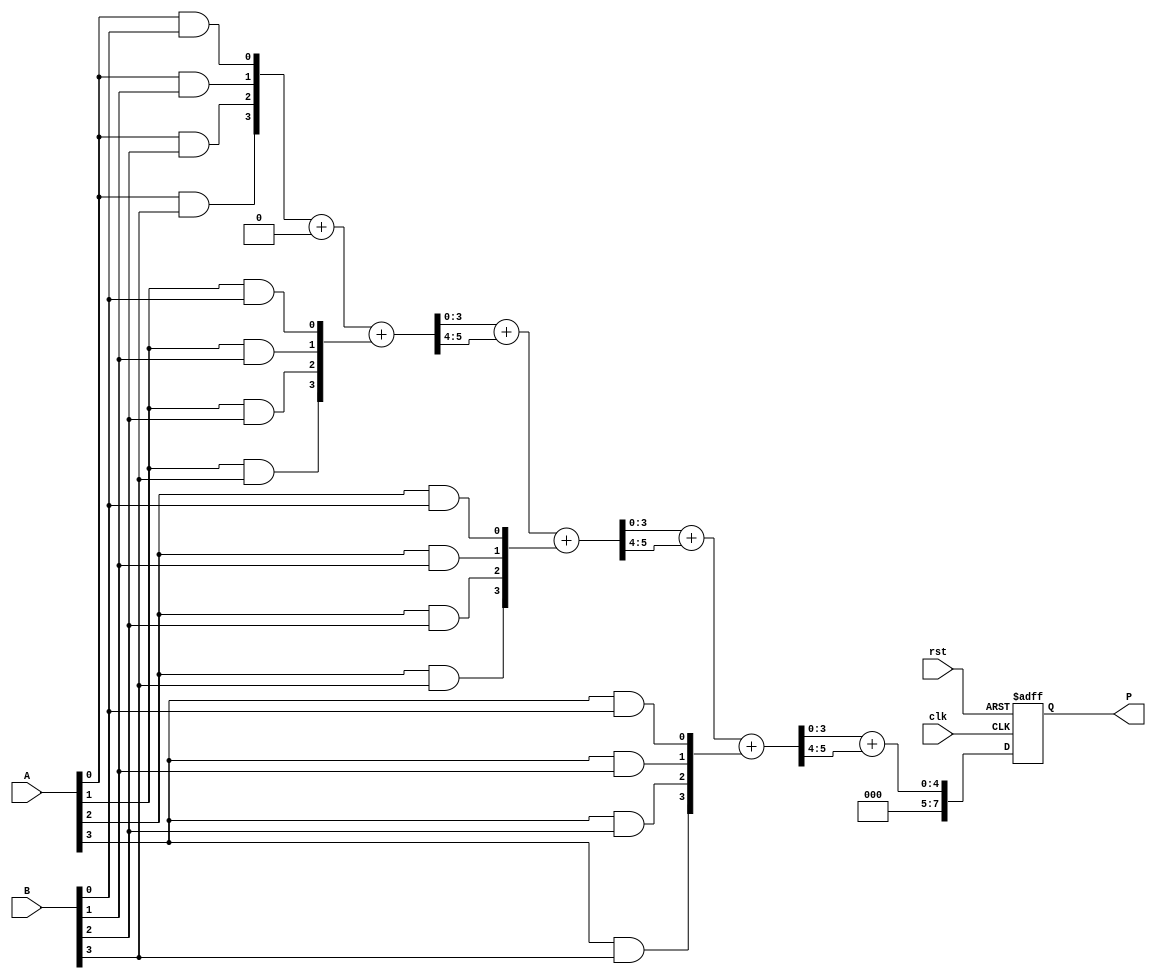
module WallaceTreeMultiplier #(parameter N = 4) (
    input wire clk,
    input wire rst,
    input wire [N-1:0] A,
    input wire [N-1:0] B,
    output reg [2*N-1:0] P
);

    // Internal signals
    wire [N-1:0] pp [0:N-1]; // Partial products
    wire [N-1:0] sum [0:N-1]; // Sums from CSAs
    wire [N-1:0] carry [0:N-1]; // Carries from CSAs
    reg [N-1:0] sum_reg, carry_reg;
    reg [2*N-1:0] final_sum;
    reg [2*N-1:0] final_carry;

    // Generate partial products
    genvar i, j;
    generate
        for (i = 0; i < N; i = i + 1) begin : partial_product_gen
            for (j = 0; j < N; j = j + 1) begin : pp_gen
                assign pp[i][j] = A[i] & B[j];
            end
        end
    endgenerate

    // Wallace Tree Reduction using Carry-Save Adders
    integer level;
    always @(posedge clk or posedge rst) begin
        if (rst) begin
            sum_reg <= 0;
            carry_reg <= 0;
            P <= 0;
        end else begin
            // Initialize sums and carries
            for (level = 0; level < N; level = level + 1) begin
                if (level == 0) begin
                    sum[level] = pp[level];
                    carry[level] = 0;
                end else begin
                    // Perform CSA operation
                    {carry[level], sum[level]} = sum[level-1] + carry[level-1] + pp[level];
                end
            end

            // Final addition of sums and carries
            final_sum = sum[N-1];
            final_carry = carry[N-1];

            // Store the final product
            P <= final_sum + final_carry;
        end
    end

endmodule